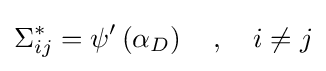
\Sigma _{ij}^{*}=\psi '\left(\alpha _{D}\right)\quad ,\quad i\neq j